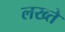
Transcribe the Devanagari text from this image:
लख्ते